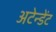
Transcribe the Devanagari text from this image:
अटेन्डेंट